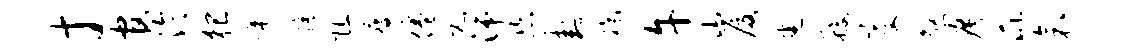
寸官泠猥啼蹄阻瘦倦元湍恣卦福午山厦悉般变煞广芘衾